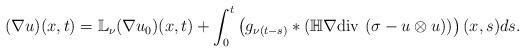
LaTeX: \begin{align*}(\nabla u) (x,t) = \mathbb{L}_\nu (\nabla u_0) (x, t) + \int_0 ^t \left ( g_{\nu (t-s)} * \left ( \mathbb{H} \nabla \mathrm{div} \,\, (\sigma - u \otimes u) \right ) \right ) (x,s) ds.\end{align*}